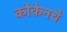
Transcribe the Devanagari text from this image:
कोकेनचे